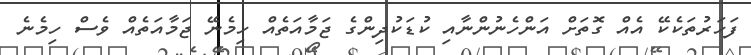
ފަހަރުތަކެކޭ އެއް ގޮތަށް އަންހެނުންނާއި ކުޑަކުދިންގެ ޖަމާއަތެއް ހިމެނޭ ޖަމާއަތެއް ވެސް ހިމެނެ